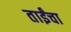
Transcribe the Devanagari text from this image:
ताईंचा